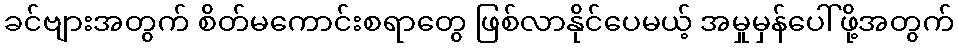
ခင်ဗျားအတွက် စိတ်မကောင်းစရာတွေ ဖြစ်လာနိုင်ပေမယ့် အမှုမှန်ပေါ်ဖို့အတွက်